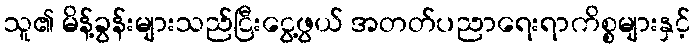
သူ၏ မိန့်ခွန်းများသည်ငြီးငွေ့ဖွယ် အတတ်ပညာရေးရာကိစ္စများနှင့်